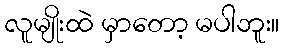
လူမျိုးထဲ မှာတော့ မပါဘူး။